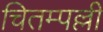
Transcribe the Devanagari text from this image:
चितम्पल्ली